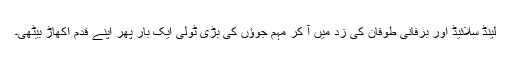
لینڈ سلائیڈ اور برفانی طوفان کی زد میں آ کر مہم جوؤں کی بڑی ٹولی ایک بار پھر اپنے قدم اکھاڑ بیٹھی۔